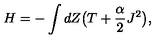
H = - \int d Z \bigl ( T + \frac { \alpha } { 2 } J ^ { 2 } \bigr ) ,